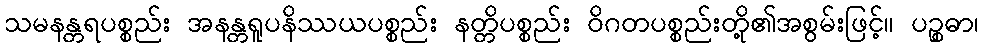
သမနန္တရပစ္စည်း အနန္တရူပနိဿယပစ္စည်း နတ္တိပစ္စည်း ဝိဂတပစ္စည်းတို့၏အစွမ်းဖြင့်။ ပဉ္စဓာ၊